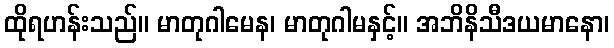
ထိုရဟန်းသည်။ မာတုဂါမေန၊ မာတုဂါမနှင့်။ အဘိနိသီဒယမာနော၊